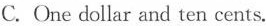
C. One dollar and ten cents.